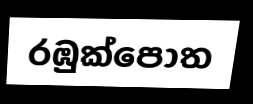
රඹුක්පොත